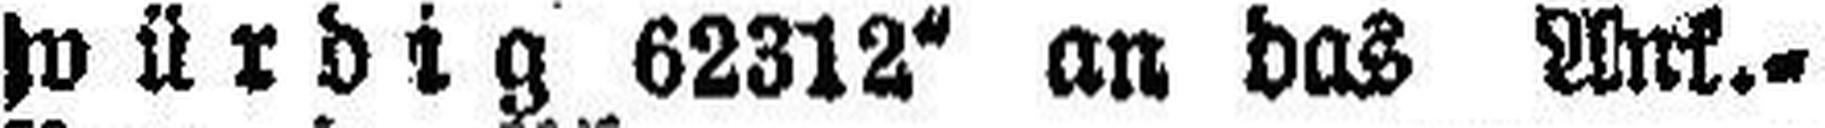
würdig 62312“ an das Ank.=